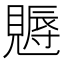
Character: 𧢁